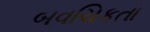
બવચિકતા